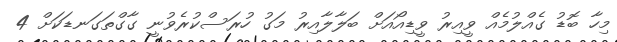
މިހާ ބޮޑު ގެއްލުމެއް ވީއިރު ވީޑިއޯއަށް ބަލާލާއިރު މަގު ހުރަސްކުރެވުނީ ގާގްތަގަނޑަކަށް 4